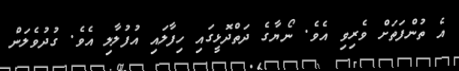
އެ ތުންފަތަށް ވެރިވި އެވެ. ނޯޔާގެ ދަތްދޮޅީގައި ހިފާލައި އުފުލާލި އެވެ. ގުދުވެލަން